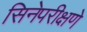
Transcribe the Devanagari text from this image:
सिनेपरीक्षणे